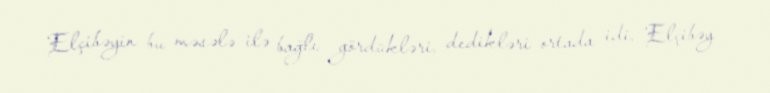
Elçibəyin bu məsələ ilə bağlı gördükləri, dedikləri ortada idi. Elçibəy